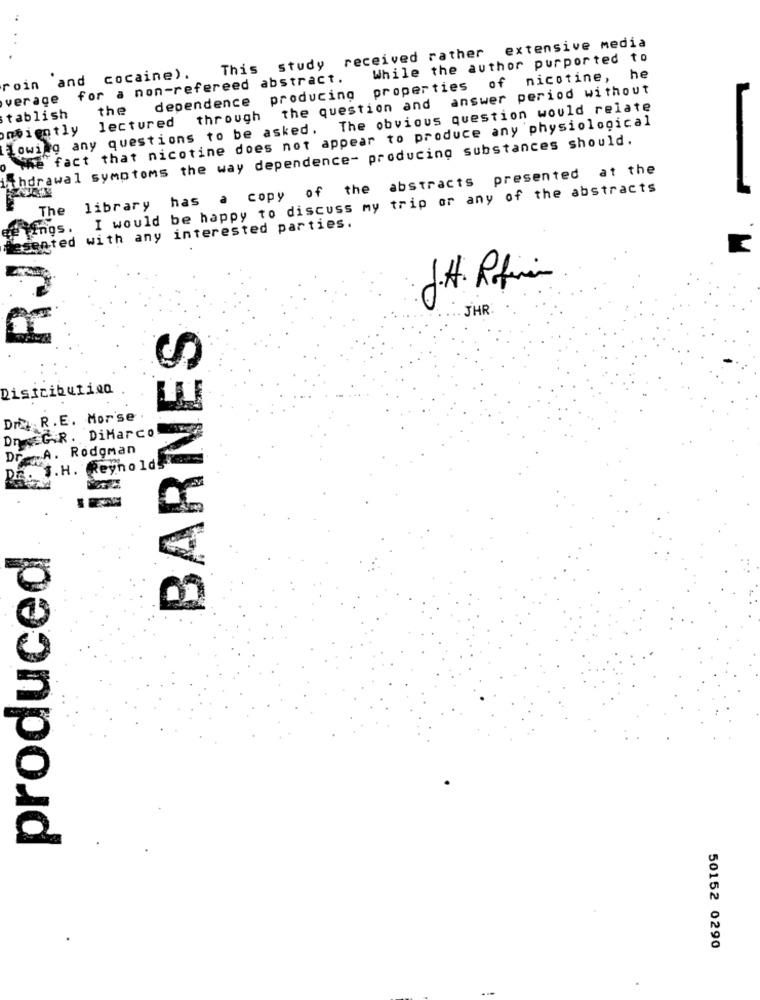
extensive media
This study received rather
While the author purported to
roin and cocaine).
verage for a non-refereed abstract.
dependence producing properties of nicotine, he
lectured through the question and answer period without
Lowing any questions to be asked. The obvious question would relate
the
tablish
he fact that nicotine does not appear to produce any physiological
ombiently
withdrawal symptoms the way dependence- producing substances should.
library has a copy of the abstracts presented at the
I would be happy to discuss my trip or any of the abstracts
The
Hesented with any interested parties.
J.t. Rafin
JHR
BARNES
Distribution
Dr. R. E. Morse
DnsEGR . DiMarco
Dr A. Rodgman
I.H. Reynolds
produced
50152 0290